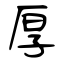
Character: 厚